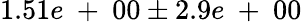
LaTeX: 1.51e\mathrm{~+~}00\pm 2.9e\mathrm{~+~}00